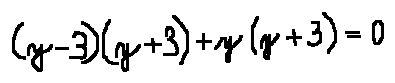
( y - 3 ) ( y + 3 ) + y ( y + 3 ) = 0